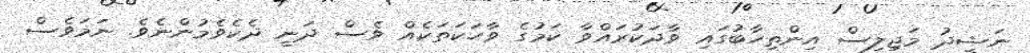
ނަޝީދު މަޖިލިސް އިންތިހާބުގައި ވާދަކުރައްވާ ކަމުގެ ވާހަކަތަކެއް ވެސް ދަނީ ދެކެވެމުންނެވެ. ނަމަވެސް